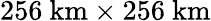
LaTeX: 256\ \mathrm{km}\times 256\ \mathrm{km}